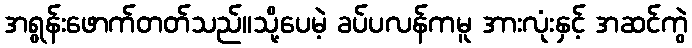
အရွန်းဖောက်တတ်သည်။သို့ပေမဲ့ ခပ်ပလန်ကမူ အားလုံးနှင့် အဆင်ကွဲ